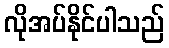
လိုအပ်နိုင်ပါသည်